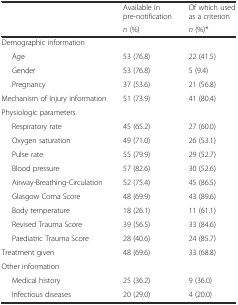
| <ROWSPAN=2>  | Available in pre-notification | Of which used as a criterion |
 | n (%) | n (%)* |
 | --- | --- | --- |
 | Demographic information |  |  |
 | Age | 53 (76.8) | 22 (41.5) |
 | Gender | 53 (76.8) | 5 (9.4) |
 | Pregnancy | 37 (53.6) | 21 (56.8) |
 | Mechanism of Injury information | 51 (73.9) | 41 (80.4) |
 | Physiologic parameters |  |  |
 | Respiratory rate | 45 (65.2) | 27 (60.0) |
 | Oxygen saturation | 49 (71.0) | 26 (53.1) |
 | Pulse rate | 55 (79.9) | 29 (52.7) |
 | Blood pressure | 57 (82.6) | 30 (52.6) |
 | Airway-Breathing-Circulation | 52 (75.4) | 45 (86.5) |
 | Glasgow Coma Score | 48 (69.9) | 43 (89.6) |
 | Body temperature | 18 (26.1) | 11 (61.1) |
 | Revised Trauma Score | 39 (56.5) | 33 (84.6) |
 | Paediatric Trauma Score | 28 (40.6) | 24 (85.7) |
 | Treatment given | 48 (69.6) | 33 (68.8) |
 | Other information |  |  |
 | Medical history | 25 (36.2) | 9 (36.0) |
 | Infectious diseases | 20 (29.0) | 4 (20.0) |